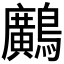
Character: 𪇵